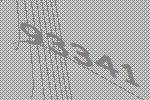
93341